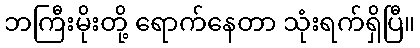
ဘကြီးမိုးတို့ ရောက်နေတာ သုံးရက်ရှိပြီ။